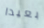
بعيدا